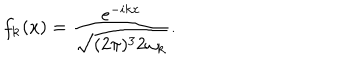
f _ { { \bf k } } ( x ) = \frac { e ^ { - i k x } } { \sqrt { ( 2 \pi ) ^ { 3 } 2 \omega _ { { \bf k } } } } .